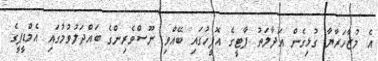
އެ މުޒާހަރާޔާ ގުޅިގެން އަދާލަތު ޕާޓީގެ އޮފީހުގައި ބޭއްވި ނޫސްވެރިންގެ ބައްދަލުވުމުގައި އެމްޑީޕީގެ